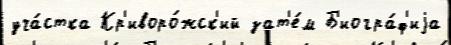
уча́стка Кр'иворо́жск'ий зат'е́м Б'иогра́ф'иjа